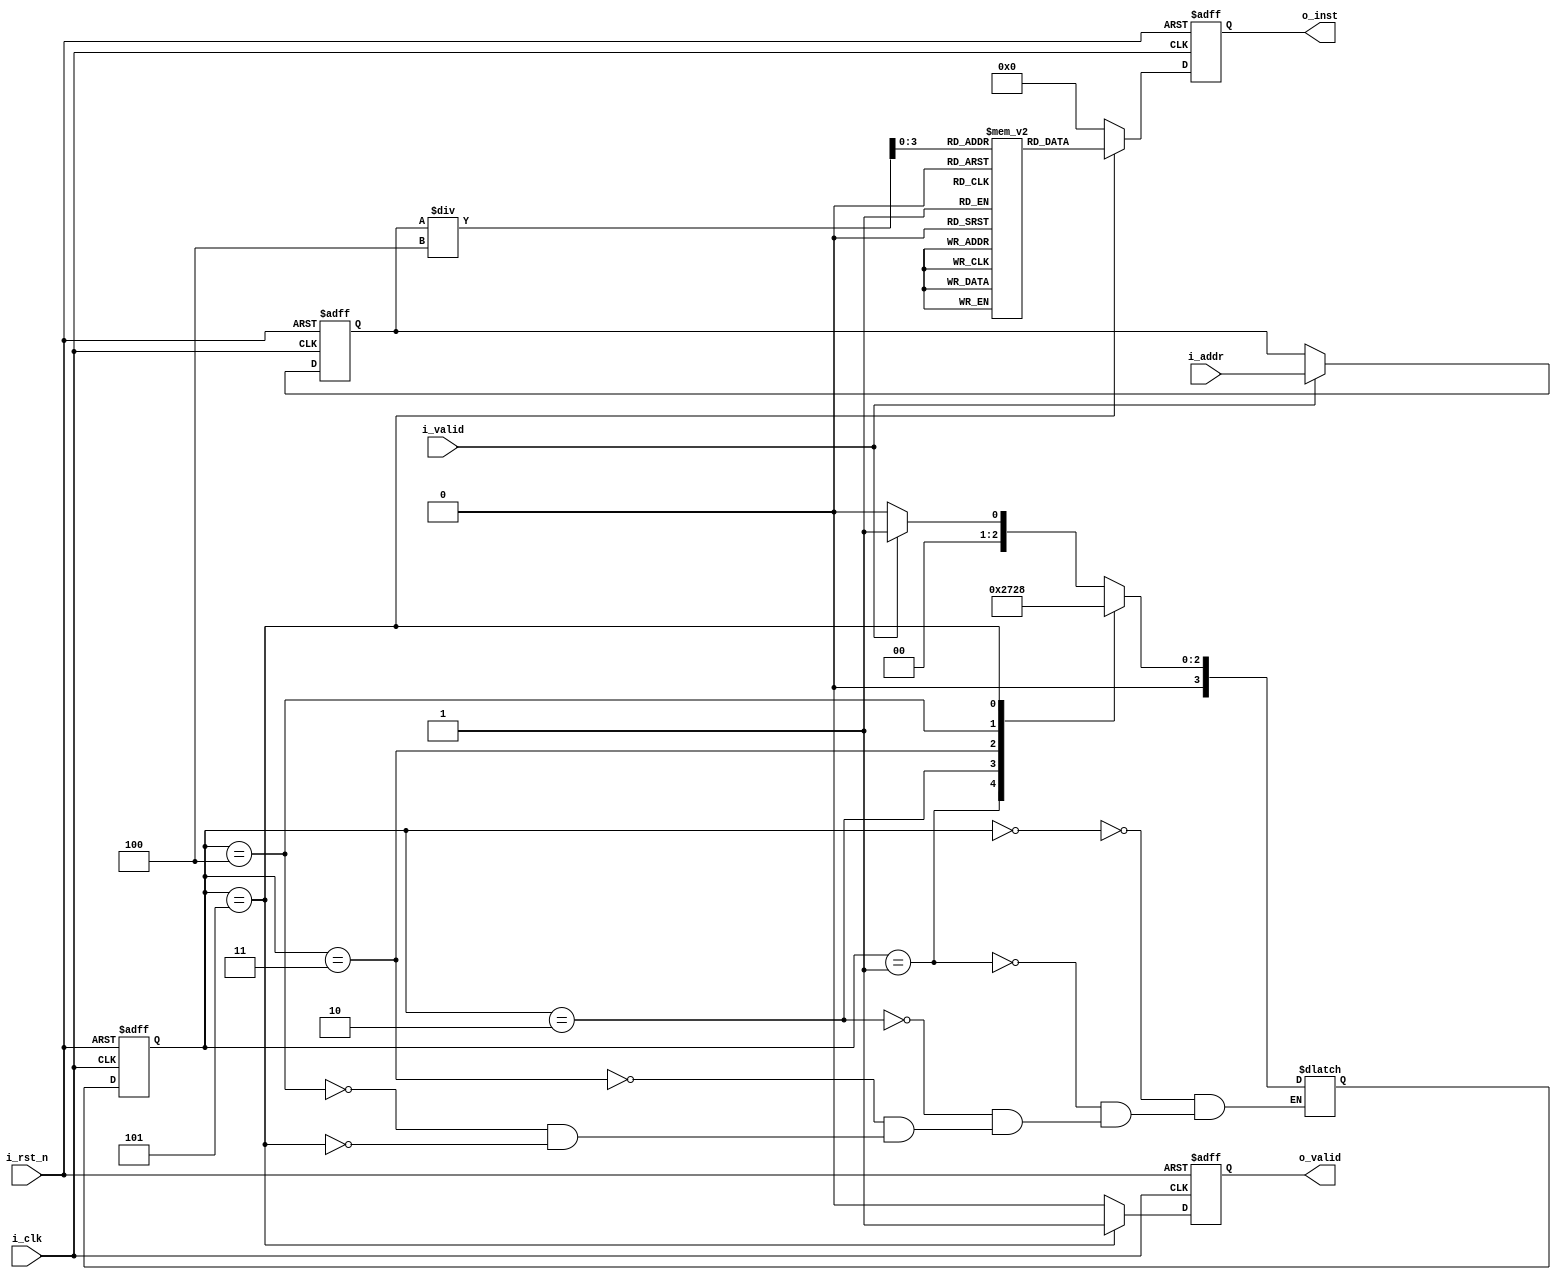
module instruction_memory #(
    parameter ADDR_W   = 64,
    parameter INST_W   = 32,
    parameter MAX_INST = 16
)(
    input               i_clk,
    input               i_rst_n,
    input               i_valid,
    input  [ADDR_W-1:0] i_addr,
    output              o_valid,
    output [INST_W-1:0] o_inst
);
    /*	16 instructions in mem 	*/ 
    reg [INST_W-1:0] mem [0:MAX_INST-1];
    reg              o_valid_r, o_valid_w;
    reg [INST_W-1:0] o_inst_r,  o_inst_w;
    reg        [3:0] cs, ns;
    reg [ADDR_W-1:0] temp_addr_r, temp_addr_w;
    integer i;
    
    assign o_valid = o_valid_r;
    assign o_inst  = o_inst_r;
    
    always @(*) begin
        if (i_valid) begin
            temp_addr_w = i_addr;
        end else begin
            temp_addr_w = temp_addr_r;
        end
    end

    always @(*) begin
        if (cs == 5) begin
            o_valid_w = 1;
            o_inst_w  = mem[temp_addr_r/4];
        end else begin
        	o_valid_w = 0;
            o_inst_w  = 0;
        end
    end

    always @(*) begin
        case (cs)
        	0: ns = (i_valid) ? 1 : 0;
        	1: ns = 2;
        	2: ns = 3;
        	3: ns = 4;
            4: ns = 5;
            5: ns = 0;
        endcase
    end

    always @(posedge i_clk or negedge i_rst_n) begin
        if (~i_rst_n) begin
            o_valid_r   <= 0;
            o_inst_r    <= 0;
            cs          <= 0;
            temp_addr_r <= 0;
        end else begin
            o_valid_r   <= o_valid_w;
            o_inst_r    <= o_inst_w;
            cs          <= ns;
            temp_addr_r <= temp_addr_w; 
        end
    end

endmodule